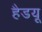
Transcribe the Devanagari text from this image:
हैडयू